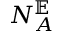
N _ { A } ^ { \mathbb { E } }